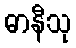
ဓာနီသု